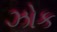
ઝોક